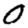
Digit: 0